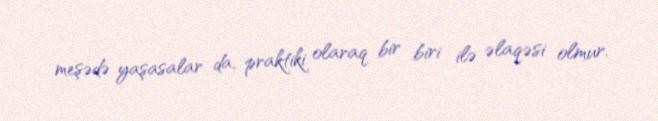
meşədə yaşasalar da, praktiki olaraq bir biri ilə əlaqəsi olmur.